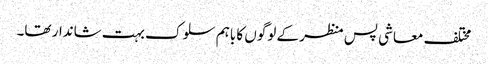
مختلف معاشی پس منظر کے لوگوں کا باہم سلوک بہت شاندار تھا۔